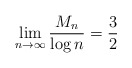
\begin{align*} \lim_{n \to \infty} \frac{M_n}{\log n} = \frac{3}{2} \end{align*}